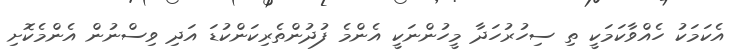
އެކަމަކު ހެއްވާކަމަކީ ތި ސިހުރުހަދާ މީހުންނަކީ އެންމެ ފުދުންތެރިކަންކުޑަ އަދި ވިސްނުން އެންމެކޮށި